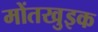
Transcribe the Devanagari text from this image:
मोंतखुइक